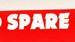
spare